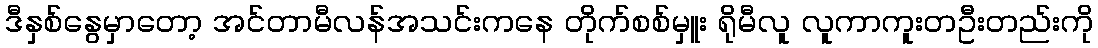
ဒီနှစ်နွေမှာတော့ အင်တာမီလန်အသင်းကနေ တိုက်စစ်မှူး ရိုမီလူ လူကာကူးတဦးတည်းကို